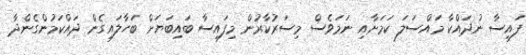
ފައިސާ ނުދައްކާ މައްސަލަ ކަމަށާއި ނަމަވެސް މިސަރުކާރުން މިފައިސާ ބައިބަޔަށް ބަހާލައިގެން ދައްކަމުންގެންދާ